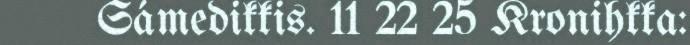
Sámedikkis. 11 22 25 Kronihkka: